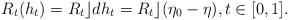
LaTeX: \begin{align*} R_t(h_t) = R_t\rfloor dh_t = R_t\rfloor (\eta_0-\eta),t\in[0,1].\end{align*}